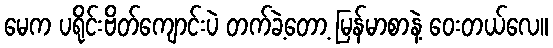
မေက ပရိုင်းဗိတ်ကျောင်းပဲ တက်ခဲ့တော့ မြန်မာစာနဲ့ ဝေးတယ်လေ။